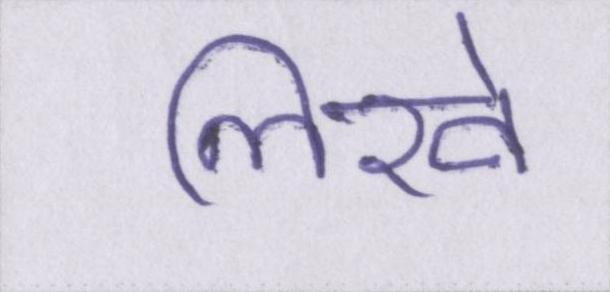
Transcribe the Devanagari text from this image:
लिखे